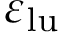
\varepsilon _ { \mathrm { l u } }